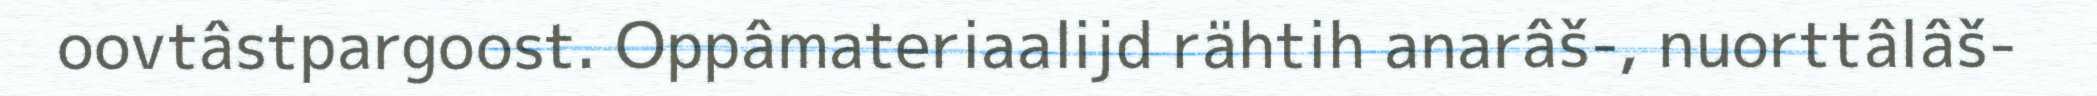
oovtâstpargoost. Oppâmateriaalijd rähtih anarâš-, nuorttâlâš-